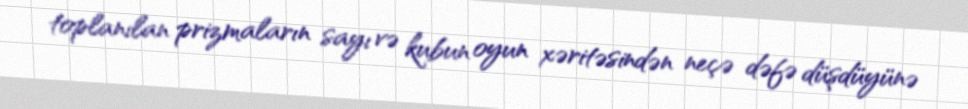
toplanılan prizmaların sayı və kubun oyun xəritəsindən neçə dəfə düşdüyünə